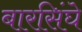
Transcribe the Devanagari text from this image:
बारसिंघे